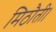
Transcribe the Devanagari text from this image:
मिठौती।